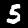
Label: 5